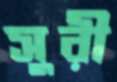
সুরী